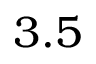
3 . 5